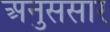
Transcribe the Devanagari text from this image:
अनुससार